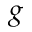
\boldsymbol { g }